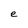
Character: e